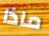
ماذا